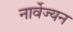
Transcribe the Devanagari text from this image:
नार्वेज्यन